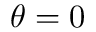
\theta = 0